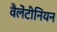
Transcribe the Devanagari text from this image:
वैलेंटीनियन